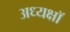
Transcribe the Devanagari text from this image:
अध्यक्षॉ